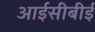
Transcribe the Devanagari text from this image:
आईसीबीई